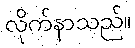
လိုက်နာသည်။